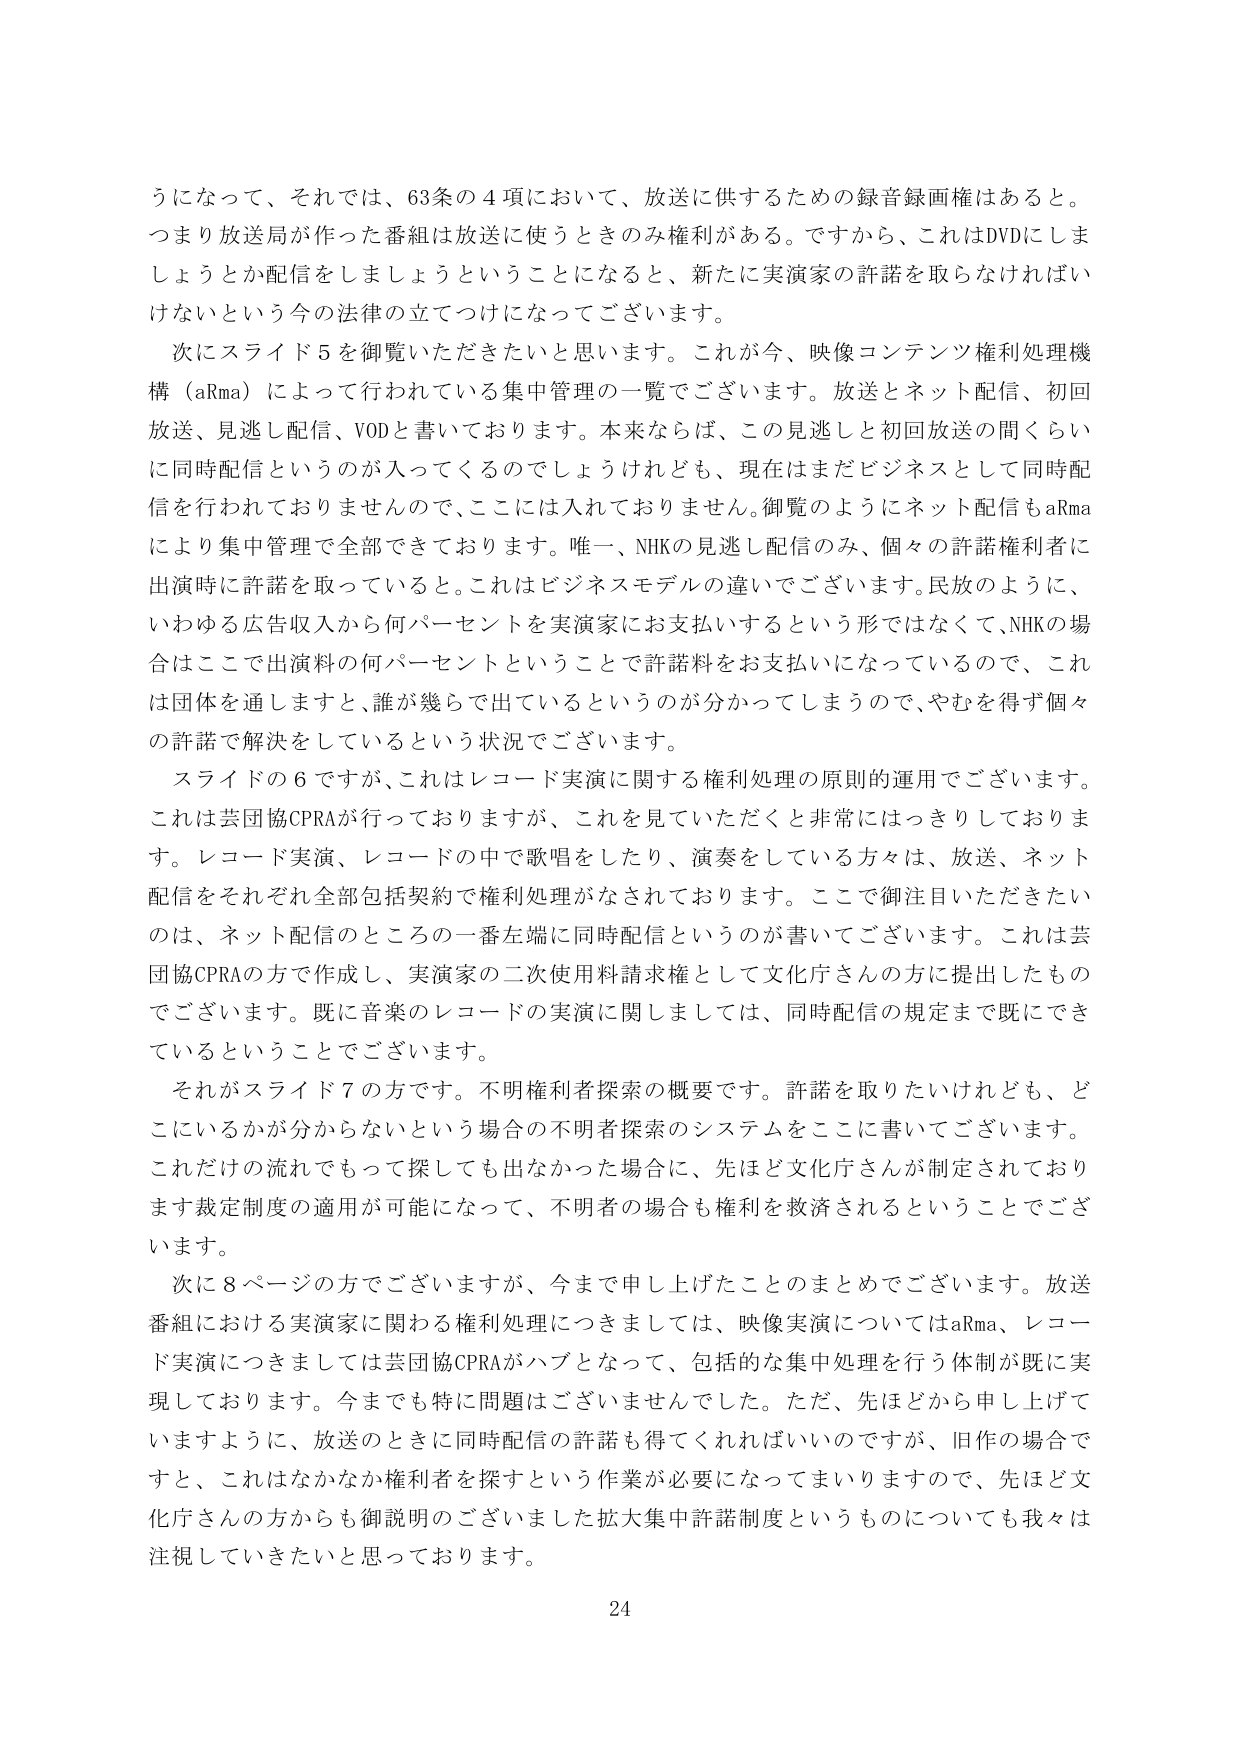
うになって、それでは、63条の4項において、放送に供するための録音録画権はあると。
つまり放送局が作った番組は放送に使うときのみ権利がある。ですから、これはDVDにしましょうとか配信をしましょうということになると、新たに実演家の許諾を取らなければいけないという今の法律の立つてになってございます。

次にスライド5を御覧いただきたいと思います。これが今、映像コンテンツ権利処理機構（aRma）によって行われている集中管理の一覧でございます。放送とネット配信、初回放送、見逃し配信、VODと書いております。本来ならば、この見逃しと初回放送の間くらいに同時配信というのが入ってくるのでしょうけれども、現在はまだビジネスとして同時配信を行われておりませんので、ここには入れておりません。御覧のようにネット配信もaRmaにより集中管理で全部できております。唯一、NHKの見逃し配信のみ、個々の許諾権利者に出演時に許諾を取っていると。これはビジネスモデルの違いでございます。民放のように、いわゆる広告収入から何パーセントを実演家にお支払いするという形ではなくて、NHKの場合はここで出演料の何パーセントということで許諾料をお支払いになっているので、これは団体を通しますと、誰が幾らで出ているというのが分かってしまうので、やむを得ず個々の許諾で解決をしているという状況でございます。

スライドの6ですが、これはレコード実演に関する権利処理の原則的運用でございます。これは芸団協CPRAが行っておりますが、これを見ていただくと非常にはっきりしております。レコード実演、レコードの中で歌唱をしたり、演奏をしている方々は、放送、ネット配信をそれぞれ全部包括契約で権利処理がなされております。ここで御注目いただきたいのは、ネット配信のところの一番左端に同時配信というのが書いてございます。これは芸団協CPRAの方で作成し、実演家の二次使用料請求権として文化庁さんの方に提出したものでございます。既に音楽のレコードの実演に関しましては、同時配信の規定まで既にできているということでございます。

それがスライド7の方です。不明権利者探索の概要です。許諾を取りたいけれども、どこにいるかが分からないという場合の不明者探索のシステムをここに書いてございます。これだけの流れでもって探しても出なかった場合に、先ほど文化庁さんが制定されております裁定制度の適用が可能になって、不明者の場合も権利を救済されるということでございます。

次に8ページの方でございますが、今まで申し上げたことのまとめでございます。放送番組における実演家に関わる権利処理につきましては、映像実演についてはaRma、レコード実演につきましては芸団協CPRAがハブとなって、包括的な集中処理を行う体制が既に実現しております。今までも特に問題はございませんでした。ただ、先ほどから申し上げておりますように、放送のときに同時配信の許諾も得てくれればいいのですが、旧作の場合ですと、これはなかなか権利者を探すという作業が必要になってまいりますので、先ほど文化庁さんの方からも御説明のございました拡大集中許諾制度というものについても我々は注視していきたいと思っております。

24